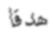
ھدفا